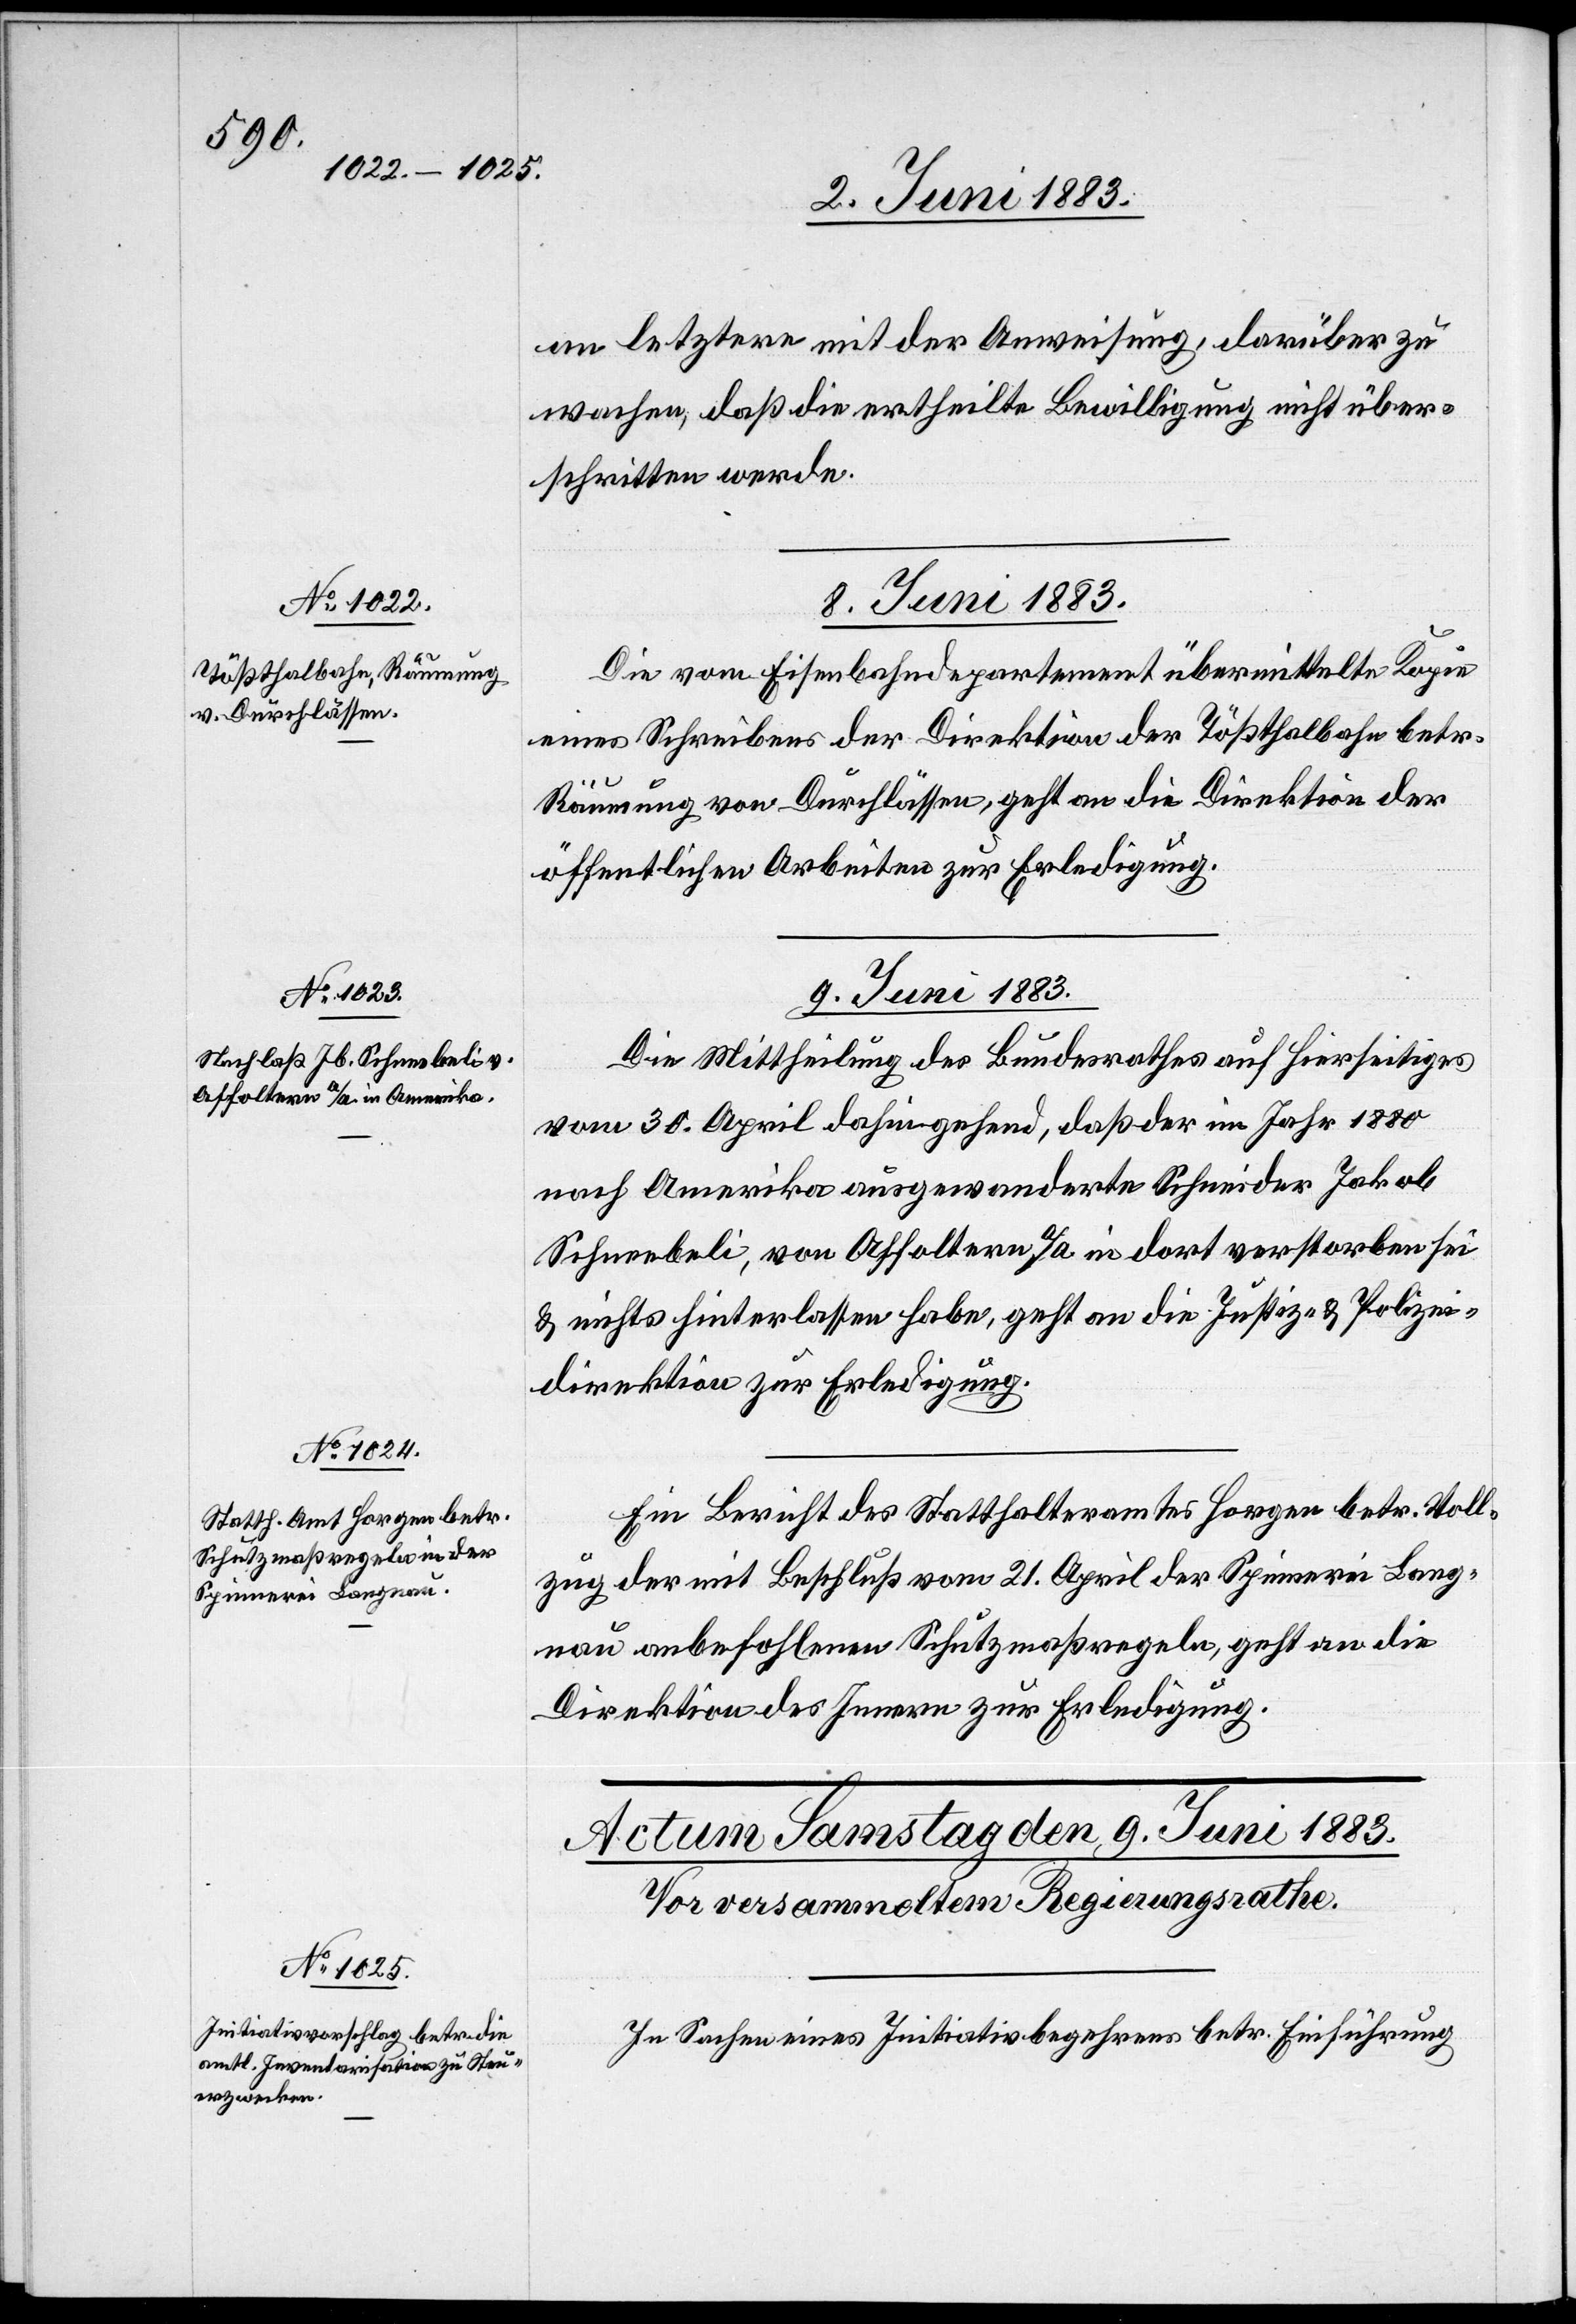
8. Juni 1883.]
an letztere mit der Anweisung, darüber zu
wachen, daß die ertheilte Bewilligung nicht über¬
schritten werde.
8. Juni 1883.
Die vom Eisenbahndepartement übermittelte Kopie
eines Schreibens der Direktion der Tößthalbahn betr.
Räumung von Durchlässen, geht an die Direktion der
öffentlichen Arbeiten zur Erledigung.
8. Juni 1883.
Die Mittheilung des Bundesrathes auf Hierseitiges
vom 30. April dahingehend, daß der im Jahr 1880
nach Amerika ausgewanderte Schneider Jakob
Schneebeli, von Affoltern a/A in dort verstorben sei
& nichts hinterlassen habe, geht an die Justiz- & Polizei¬
direktion zur Erledigung.
Ein Bericht des Statthalteramtes Horgen betr. Voll¬
zug der mit Beschluß vom 21. April der Spinnerei Lang¬
nau anbefohlene Schutzmaßregeln, geht an die
Direktion des Innern zur Erledigung.
In Sachen eines Initiativbegehrens betr. Einführung